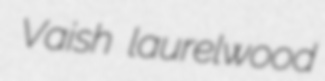
Vaish laurelwood